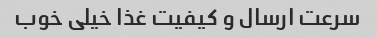
سرعت ارسال و کیفیت غذا خیلی خوب